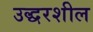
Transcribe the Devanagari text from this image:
उद्धरशील